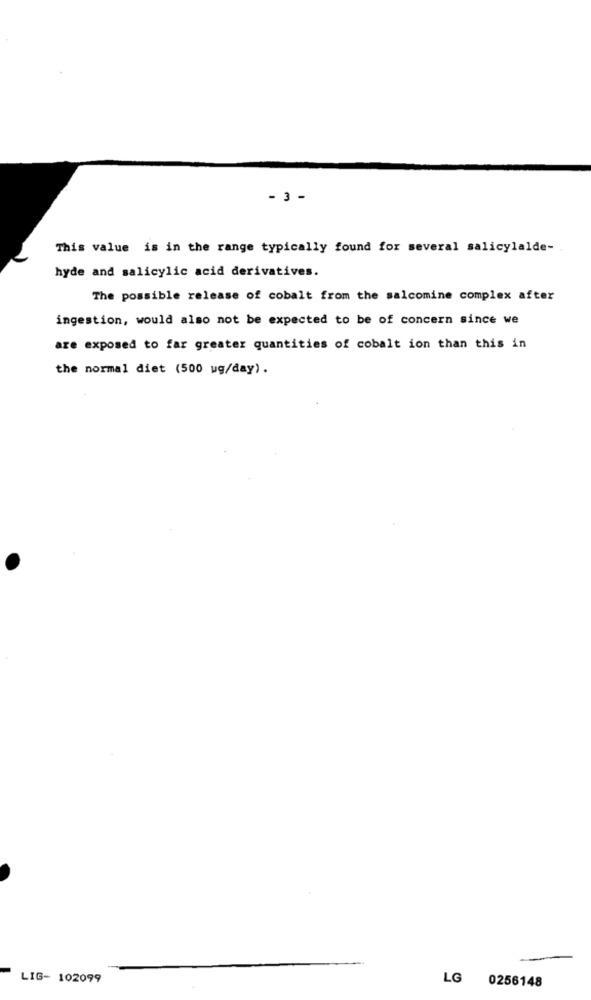
- 3 -
This value is in the range typically found for several salicylalde-
hyde and salicylic acid derivatives.
The possible release of cobalt from the salcomine complex after
ingestion, would also not be expected to be of concern since we
are exposed to far greater quantities of cobalt ion than this in
the normal diet (500 ug/day).
LIG- 102099
LG
0256148